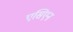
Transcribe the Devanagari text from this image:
एसिएन